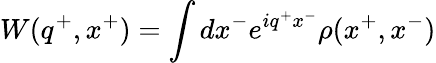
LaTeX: W(q^{+},x^{+})=\int dx^{-}e^{iq^{+}x^{-}}\rho(x^{+},x^{-})